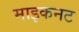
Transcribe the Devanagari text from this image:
माइकनट